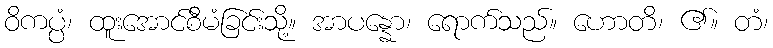
ဝိကပ္ပံ၊ ထူးအောင်စီမံခြင်းသို့။ အာပန္နော၊ ရောက်သည်။ ဟောတိ၊ ၏။ တံ၊